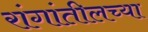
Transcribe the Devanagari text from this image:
रांगांतीलच्या